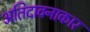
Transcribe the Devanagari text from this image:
अतिदावनाकार